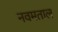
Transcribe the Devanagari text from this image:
नवमताल